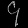
Digit: ၄